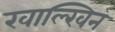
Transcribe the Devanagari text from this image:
खाल्खिन